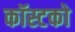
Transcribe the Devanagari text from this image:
कॉस्टको